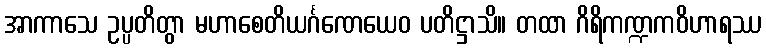
အာကာသေ ဥပ္ပတိတွာ မဟာစေတိယင်္ဂဏေယေဝ ပတိဋ္ဌာသိ။ တထာ ဂိရိကဏ္ဍကဝိဟာရဿ